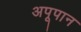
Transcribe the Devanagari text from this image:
अपूपान